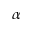
\alpha